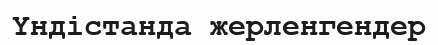
Үндістанда жерленгендер